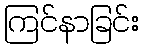
ကြင်နာခြင်း